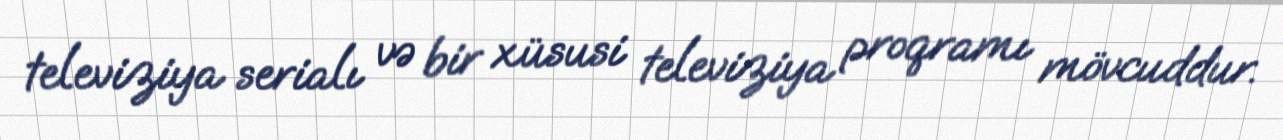
televiziya serialı və bir xüsusi televiziya proqramı mövcuddur.